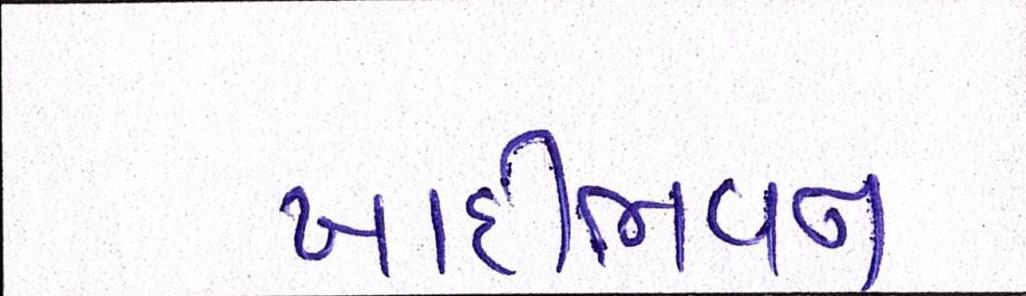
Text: ખાદીભવન